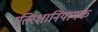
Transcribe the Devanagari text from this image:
प्रतिरक्षानियामक